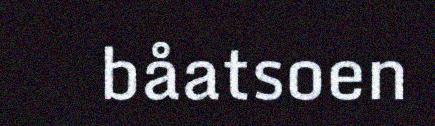
båatsoen